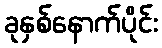
ခုနှစ်နောက်ပိုင်း